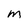
Character: M